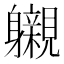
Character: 𮜽